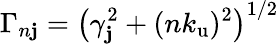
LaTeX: \Gamma_{n\mathbf{j}}=\left(\gamma_{\mathbf{j}}^{2}+(n{k_{\mathrm{{u}}}})^{2}\right)^{1/2}